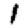
Digit: 1